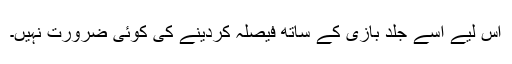
اس لیے اسے جلد بازی کے ساتھ فیصلہ کردینے کی کوئی ضرورت نہیں۔